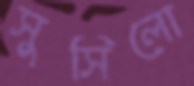
সুসিলো